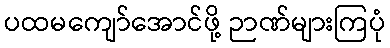
ပထမကျော်အောင်ဖို့ ဉာဏ်များကြပုံ